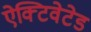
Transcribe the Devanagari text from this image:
ऐक्टिवेटेड